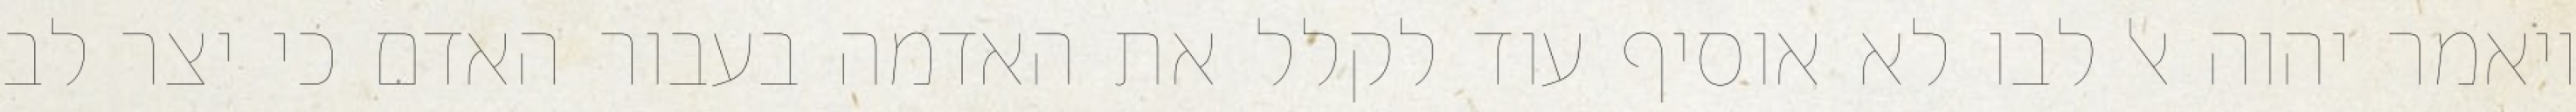
ויאמר יהוה אל לבו לא אוסיף עוד לקלל את האדמה בעבור האדם כי יצר לב